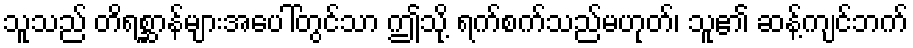
သူသည် တိရစ္ဆာန်များအပေါ်တွင်သာ ဤသို့ ရက်စက်သည်မဟုတ်၊ သူ၏ ဆန့်ကျင်ဘက်